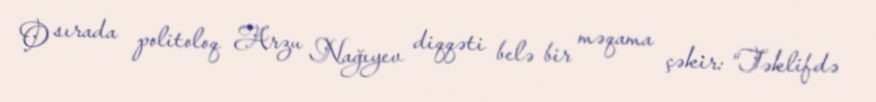
O sırada politoloq Arzu Nağıyev diqqəti belə bir məqama çəkir: “Təklifdə